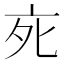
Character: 𬽇